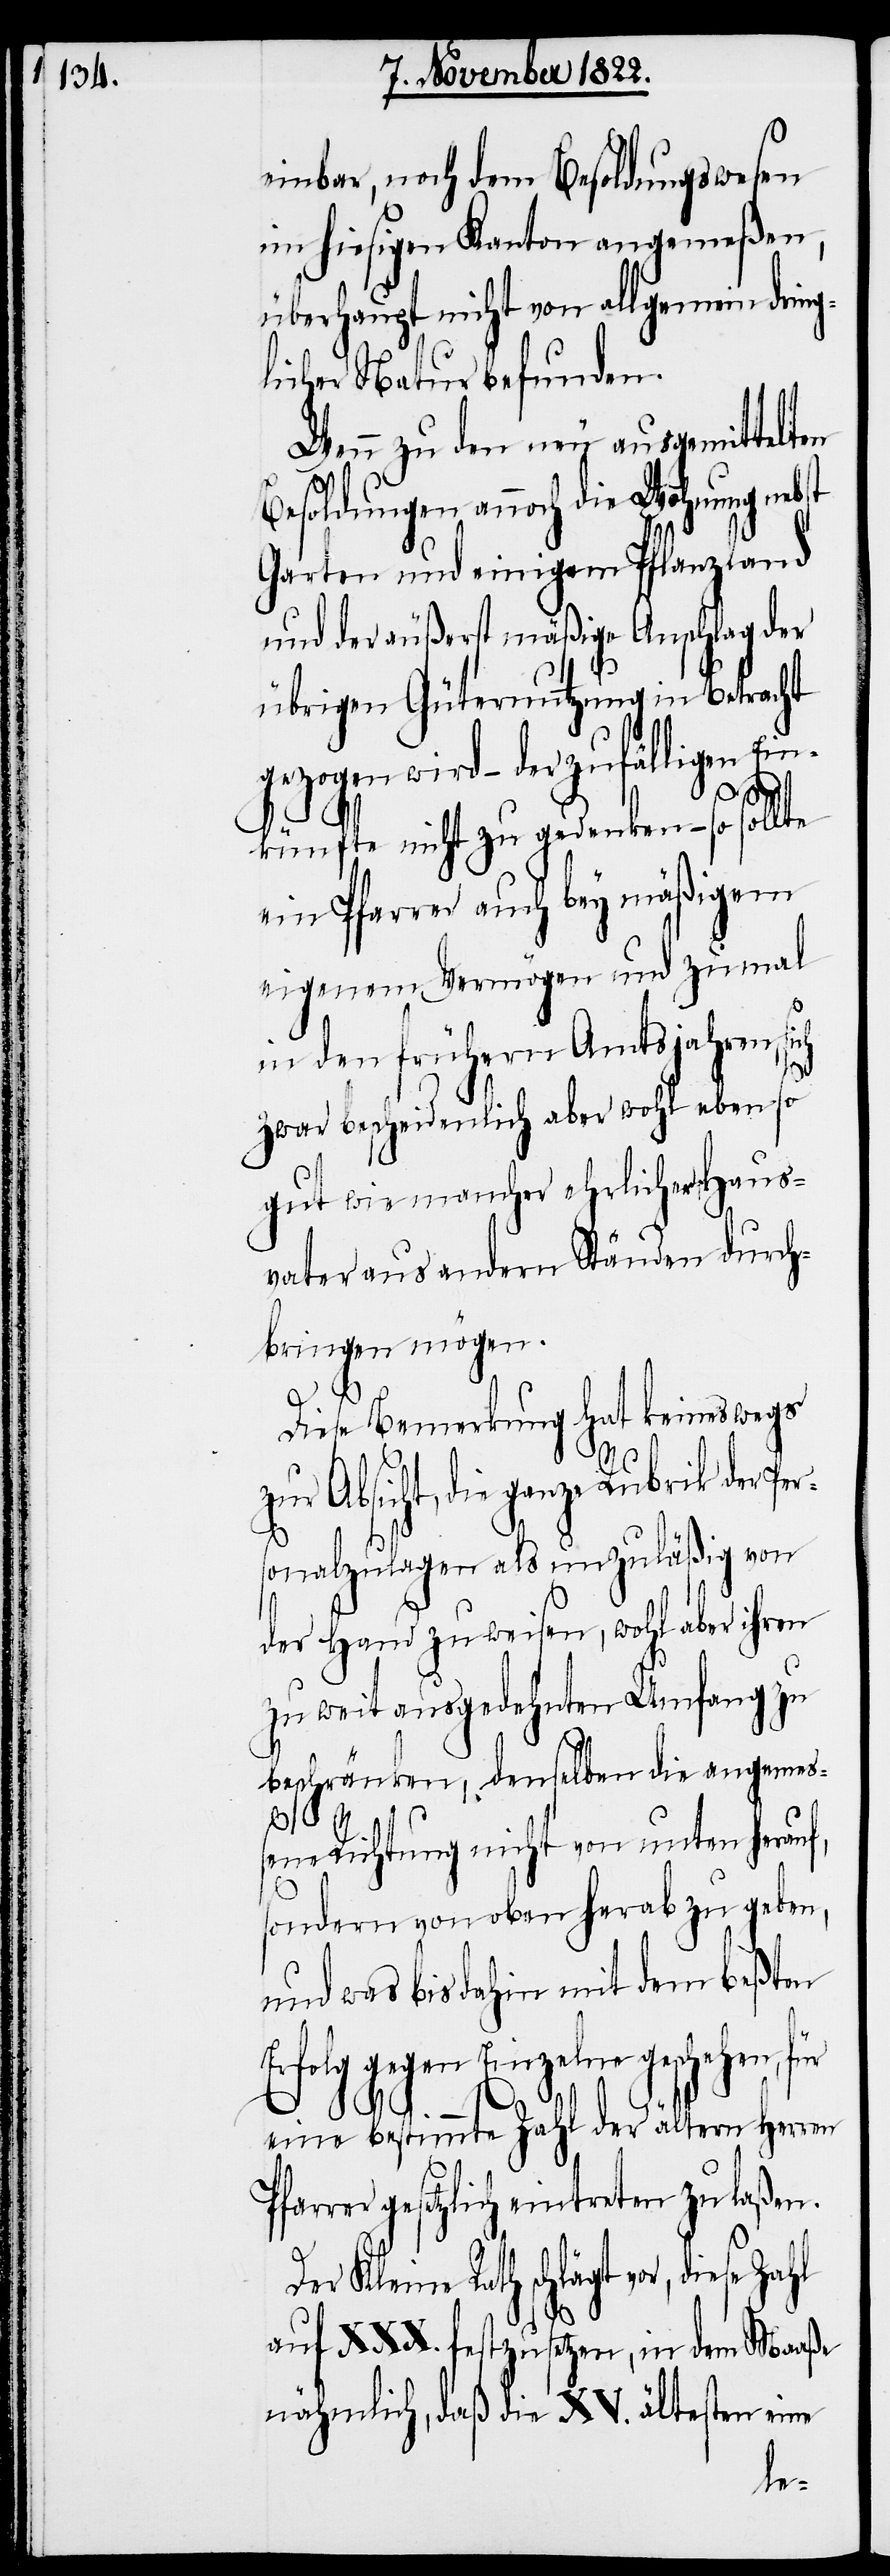
einbar, noch dem Besoldungswesen
im hiesigen Kanton angemeßen,
überhaupt nicht von allgemein dring¬
licher Natur befunden.
Wenn zu den neu ausgemittelten
Besoldungen annoch die Wohnung nebst
Garten und einigem Pflanzland
und der äußerst mäßige Anschlag der
übrigen Güternutzung in Betracht
wird – der zufälligen Ei¬
nkünfte nicht zu gedenken – so sollte
ein Pfarrer auch bey mäßigem
eigenem Vermögen und zumal
in den frühern Amtsjahren,
zwar bescheidenlich aber wohl eben so
gut wie mancher ehrlicher Haus¬
vater aus andern Ständen durch¬
bringen mögen.
Diese Bemerkung hat keineswegs
zur Absicht, die ganze Rubrik der Per¬
P¬
sonalzulagen als unzuläßig von
der Hand zu weisen, wohl aber ihren
zu weit ausgedehnten Umfang zu
beschränken, denselben die angemeß¬
ene Richtung nicht von unten herau¬
sondern von oben herab zu geben,
und was bis dahin mit dem beßten
Erfolg gegen Einzelne geschehen,
eine bestimmte Zahl der ältern Herren
farrer gesetzlich eintreten zu laßen.
Der Kleine Rath schlägt vor, diese
auf XXX. festzusetzen, in dem Maaße
nähmlich, daß die XV. ältesten eine